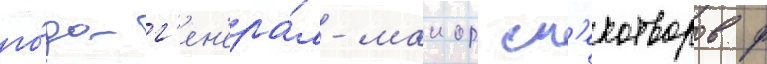
го́да г'ен'ера́л-маиор см'ехотворов ф